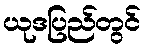
ယုဒပြည်တွင်